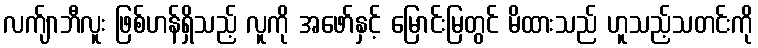
လက်ျာဘီလူး ဖြစ်ဟန်ရှိသည့် လူကို အဖော်နှင့် မြောင်းမြတွင် မိထားသည် ဟူသည့်သတင်းကို